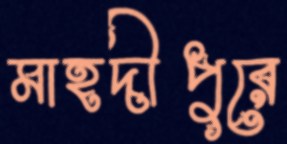
মাহদীপুরে